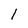
Character: 1